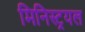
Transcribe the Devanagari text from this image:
मिनिस्ट्रयल